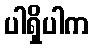
ပါရှိပါက